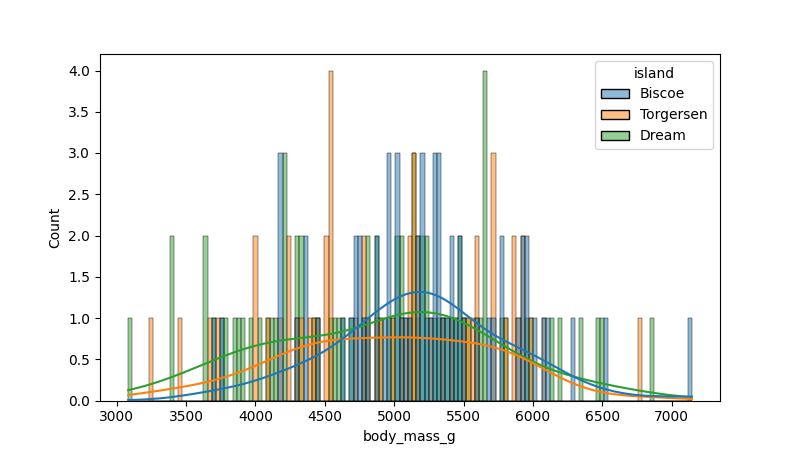
python, seaborn, histplot, hue='island', binwidth=30, bins='20', element='bars'